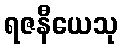
ရဇနီယေသု